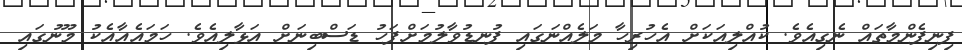
ފިނިފެންމާތައް ނެގިއެވެ. ކުއްލިއަކަށް އެހުރިހާ މަލެއްނަގައި ފުނޑުވާލުމަށްފަހު ޑަސްބިނަށް އަޅާލިއެވެ. ހަމައެއާއެކު މޫނުގައި